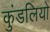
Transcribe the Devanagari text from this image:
कुंडलियो